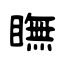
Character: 瞴